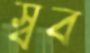
স্বব